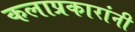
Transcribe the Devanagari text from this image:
कलाप्रकारांनी